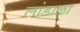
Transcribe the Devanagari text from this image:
लांडाळा